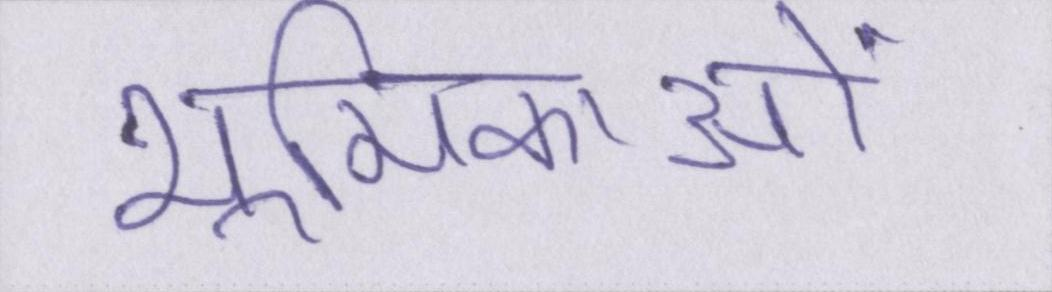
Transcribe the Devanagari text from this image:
भूमिकाओं